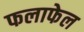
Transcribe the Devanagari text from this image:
फलाफेल